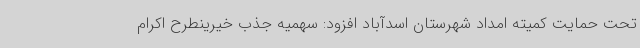
تحت حمایت کمیته امداد شهرستان اسدآباد افزود: سهمیه جذب خیرینطرح اکرام